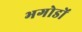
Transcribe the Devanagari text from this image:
भगोडों